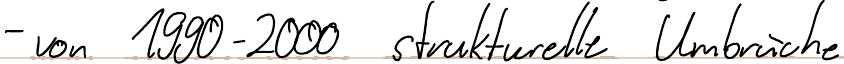
- von 1990-2000 strukturelle Umbrüche